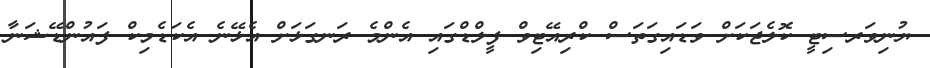
ޔުނިވަރސިޓީ ކޮލެޖަކަށް ވަޑައިގަތަސް ކްރިއޭޓިވް ފީލްޑްގައި އެންމެ ރަނގަޅަށް އެޅޭނެ އެކަޑެމިކް ފައުންޑޭޝަނާ